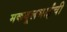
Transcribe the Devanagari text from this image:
मकबूलभाईंची